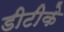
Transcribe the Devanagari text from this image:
डीटीके